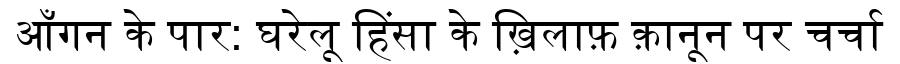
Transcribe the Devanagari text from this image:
आँगन के पार: घरेलू हिंसा के ख़िलाफ़ क़ानून पर चर्चा